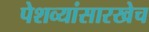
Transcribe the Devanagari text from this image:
पेशव्यांसारखेच